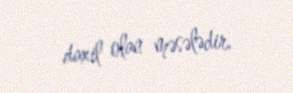
daxil olan məsələdir.